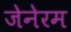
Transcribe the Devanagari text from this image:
जेनेरम